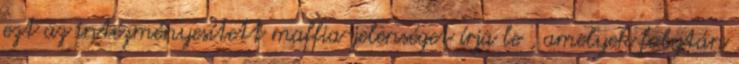
ezt az intézményesített maffia-jelenséget írja le , amelyek folytán